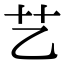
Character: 艺